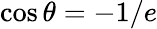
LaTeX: \cos\theta=-1/e